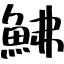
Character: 鮄